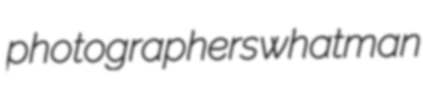
photographers whatman